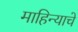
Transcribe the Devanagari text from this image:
माहिन्याचे